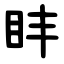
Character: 盽